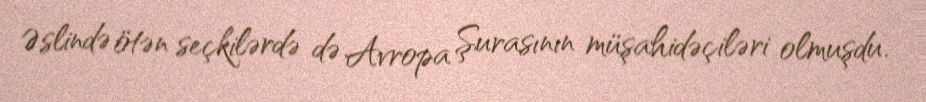
Əslində ötən seçkilərdə də Avropa Şurasının müşahidəçiləri olmuşdu.